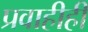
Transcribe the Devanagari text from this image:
प्रवाहीही